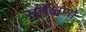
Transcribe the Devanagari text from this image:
सर्वेक्षणो